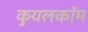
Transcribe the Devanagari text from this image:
कुयलकॉम